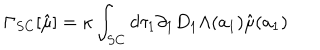
\Gamma _ { S C } [ \hat { \mu } ] = \kappa \int _ { S C } d \tau _ { 1 } \partial _ { 1 } D _ { 1 } \Lambda ( a _ { 1 } ) \hat { \mu } ( a _ { 1 } )